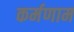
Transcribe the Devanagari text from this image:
कर्मणाम